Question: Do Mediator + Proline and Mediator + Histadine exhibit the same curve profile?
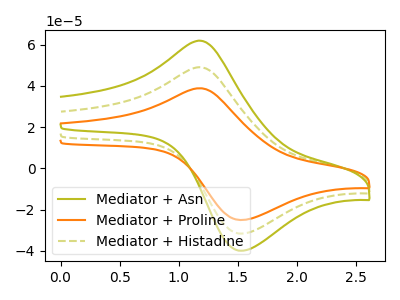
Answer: <think>The olive curve "Mediator + Asn" has an anodic peak at (1.20V, 98.10uA) and a cathodic peak at (1.55V, -63.35uA). The orange curve "Mediator + Proline" has an anodic peak at (1.20V, 38.85uA) and a cathodic peak at (1.55V, -25.10uA). The olive dashed curve "Mediator + Histadine" has an anodic peak at (1.20V, 49.05uA) and a cathodic peak at (1.55V, -31.70uA).
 All the peaks in "Mediator + Proline" have a peak in "Mediator + Histadine" at the same potential. Every peak in "Mediator + Proline" is lower than every peak in "Mediator + Histadine".</think>
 <answer>"Mediator + Proline" and "Mediator + Histadine" are similar in shape.</answer>
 <eval>same_shape</eval>